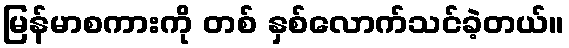
မြန်မာစကားကို တစ် နှစ်လောက်သင်ခဲ့တယ်။